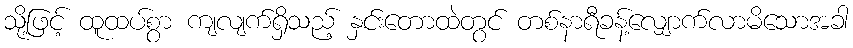
သို့ဖြင့် ထူထပ်စွာ ကျလျက်ရှိသည့် နှင်းတောထဲတွင် တစ်နာရီခန့်လျှောက်လာမိသောအခါ